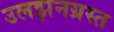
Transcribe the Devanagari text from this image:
उलझनग्रस्त